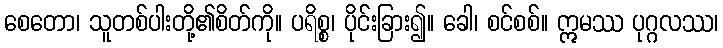
စေတော၊ သူတစ်ပါးတို့၏စိတ်ကို။ ပရိစ္စ၊ ပိုင်းခြား၍။ ခေါ၊ စင်စစ်။ ဣမဿ ပုဂ္ဂလဿ၊